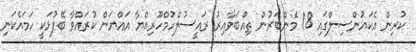
ކުރިން އެކައުންސިލްގައި 18 މެންބަރުން ތިއްބަވާއިރު ރައީސުލްހުމްހޫރިއްޔާ އައްޔަން ކުރައްވާ ބޭފުޅަކީ ހަމައެކަނި